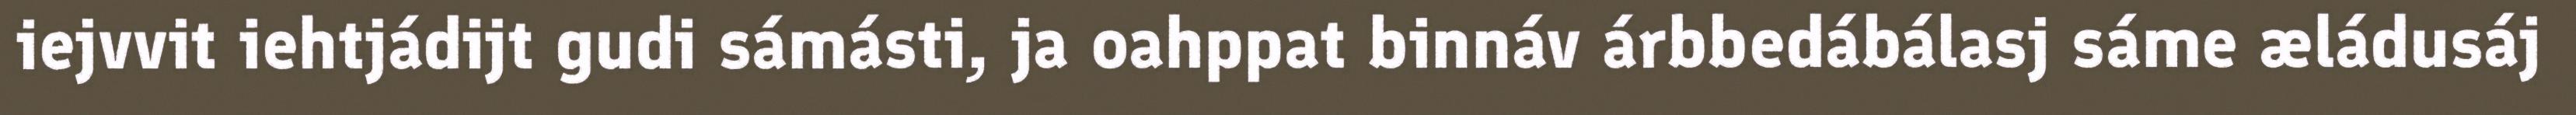
iejvvit iehtjádijt gudi sámásti, ja oahppat binnáv árbbedábálasj sáme æládusáj